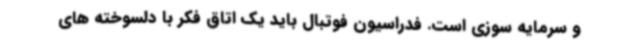
و سرمایه سوزی است. فدراسیون فوتبال باید یک اتاق فکر با دلسوخته های